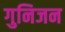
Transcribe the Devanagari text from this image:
गुनिजन